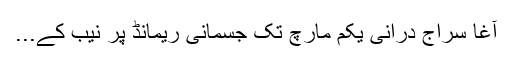
آغا سراج درانی یکم مارچ تک جسمانی ریمانڈ پر نیب کے...